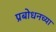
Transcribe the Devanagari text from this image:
प्रबोधनच्या